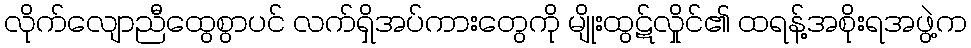
လိုက်လျောညီထွေစွာပင် လက်ရှိအပ်ကားတွေကို မျိုးထွဋ်လှိုင်၏ ထရန့်အစိုးရအဖွဲ့က